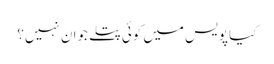
کیا پویس میں کوئی پتلے جوان نہیں؟